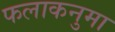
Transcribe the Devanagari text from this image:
फलाकनुमा